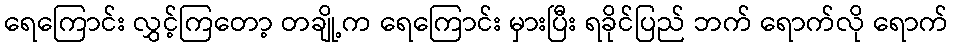
ရေကြောင်း လွှင့်ကြတော့ တချို့က ရေကြောင်း မှားပြီး ရခိုင်ပြည် ဘက် ရောက်လို ရောက်